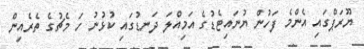
ޔޫރަޕްގައި އެންމެ ފަހުން ޔުނައިޓެޑުގެ އަމިއްލަ ދަނޑުގައި ކުޅުނު ހަ މެޗުގެ ތެރެއިން